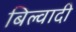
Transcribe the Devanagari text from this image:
बिल्वादी